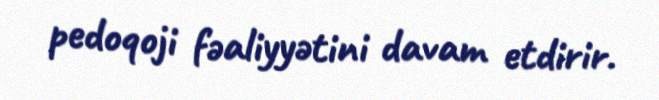
pedoqoji fəaliyyətini davam etdirir.